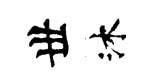
丗沐